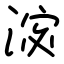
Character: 淧